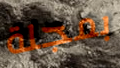
بمجلة